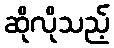
ဆိုလိုသည့်